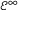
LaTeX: { \mathcal { E } } ^ { \infty }